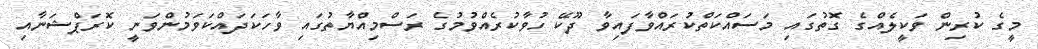
މީގެ ކުރިން ވަކީލެއްގެ ގޮތުގައި މަސައްކަތްކުރައްވާފައިވާ ދޫކޭ ހުވާކުރެއްވުމުގެ ރަސްމިއްޔާތުގައި ވާހަކަދައްކަވަމުންވަނީ ކޮރަޕްޝަނާއި